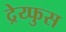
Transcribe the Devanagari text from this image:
द्रेय्फुस